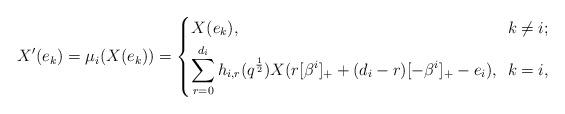
LaTeX: \begin{align*}X^\prime(e_k)=\mu_i(X(e_k))=\left\{ \begin{aligned} X(e_k), {\hskip 6.5cm}&~~k\neq i; \\\sum\limits_{r=0}^{d_i}h_{i,r}(q^{\frac{1}{2}})X(r[\beta^i]_+ +(d_i-r)[-\beta^{i}]_+ -e_i), &~~k=i, \end{aligned} \right.\end{align*}